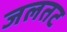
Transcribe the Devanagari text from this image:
जलतट